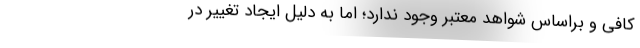
کافی و براساس شواهد معتبر وجود ندارد؛ اما به دلیل ایجاد تغییر در